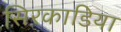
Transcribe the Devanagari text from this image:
सिरकाडिया